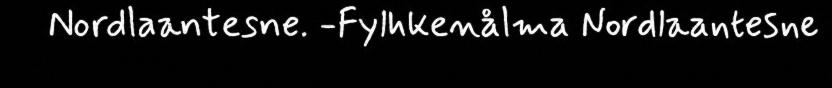
Nordlaantesne. -Fylhkenålma Nordlaantesne